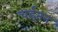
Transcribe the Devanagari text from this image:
चईतन